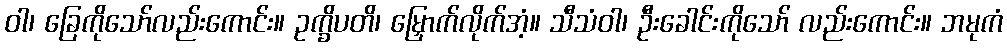
ဝါ၊ ခြေကိုသော်လည်းကောင်း။ ဥက္ခိပတိ၊ မြှောက်လိုက်အံ့။ သီသံဝါ၊ ဦးခေါင်းကိုသော် လည်းကောင်း။ ဘမုကံ